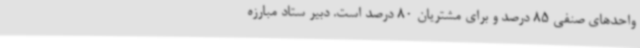
واحدهای صنفی 85 درصد و برای مشتریان 80 درصد است. دبیر ستاد مبارزه